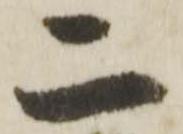
二